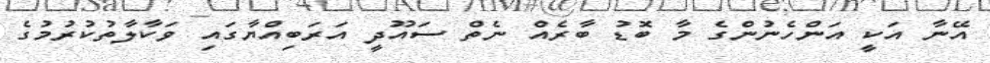
އޭނާ އަކީ އަންހެނުންގެ މާ ބޮޑު ބާރެއް ނެތް ސައޫދީ އަރަބިއްޔާގައި ވަކާލާތުކުރުމުގެ